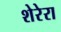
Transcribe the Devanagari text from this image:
शेरेरा